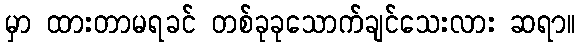
မှာ ထားတာမရခင် တစ်ခုခုသောက်ချင်သေးလား ဆရာ။